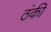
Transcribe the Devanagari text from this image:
ठंकी